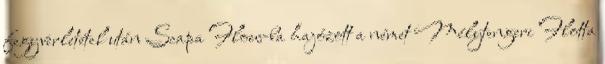
fegyverletétel után Scapa Flow-ba hajózott a német Mélytengeri Flotta